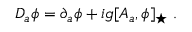
D _ { a } \phi = \partial _ { a } \phi + i g [ A _ { a } , \phi ] _ { \star } \; .